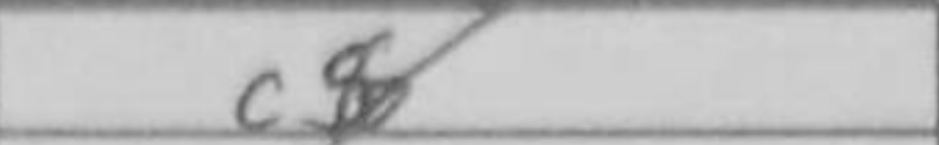
Transcription: c5